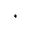
^ { * }